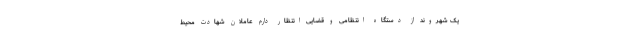
یک شهروند از دستگاه انتظامی و قضایی انتظار دارم عاملان شهادت محیط